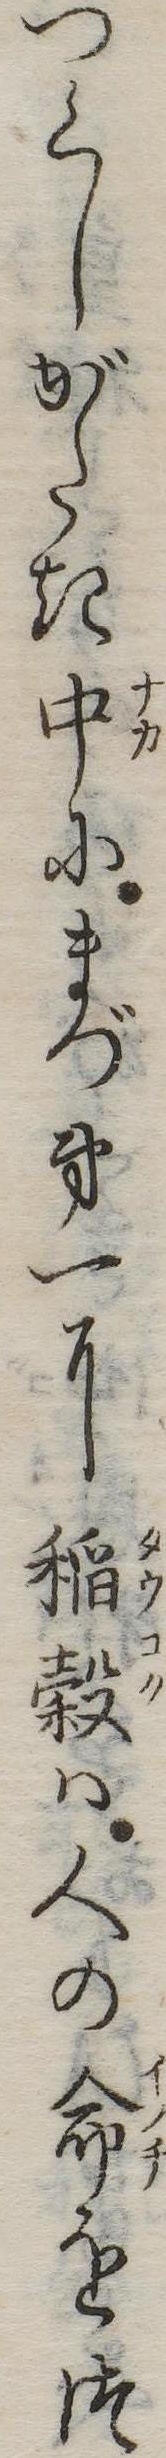
つくしがたき中にまづ第一に稲穀は人の命をつ